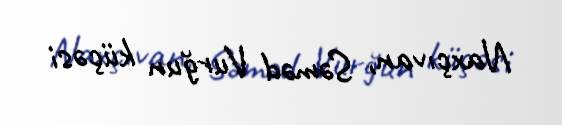
Naxçıvan, Səməd Vurğun küçəsi